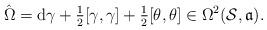
LaTeX: \begin{gather*}\hat{\Omega}=\mathrm{d}\gamma +\tfrac{1}{2}[\gamma,\gamma]+\tfrac{1}{2}[\theta,\theta]\in\Omega^2(\mathcal{S},\mathfrak{a}).\end{gather*}